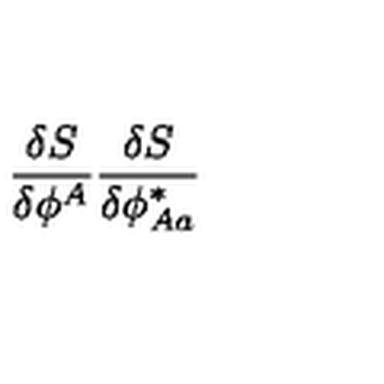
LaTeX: \frac { \delta S } { \delta \phi ^ { A } } \frac { \delta S } { \delta \phi _ { A a } ^ { \ast } }